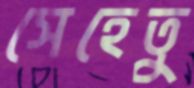
সেহেতু